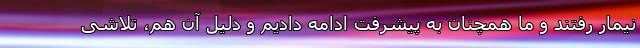
نیمار رفتند و ما همچنان به پیشرفت ادامه دادیم و دلیل آن هم، تلاشی